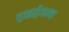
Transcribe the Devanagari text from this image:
ट्राइट्रेशन